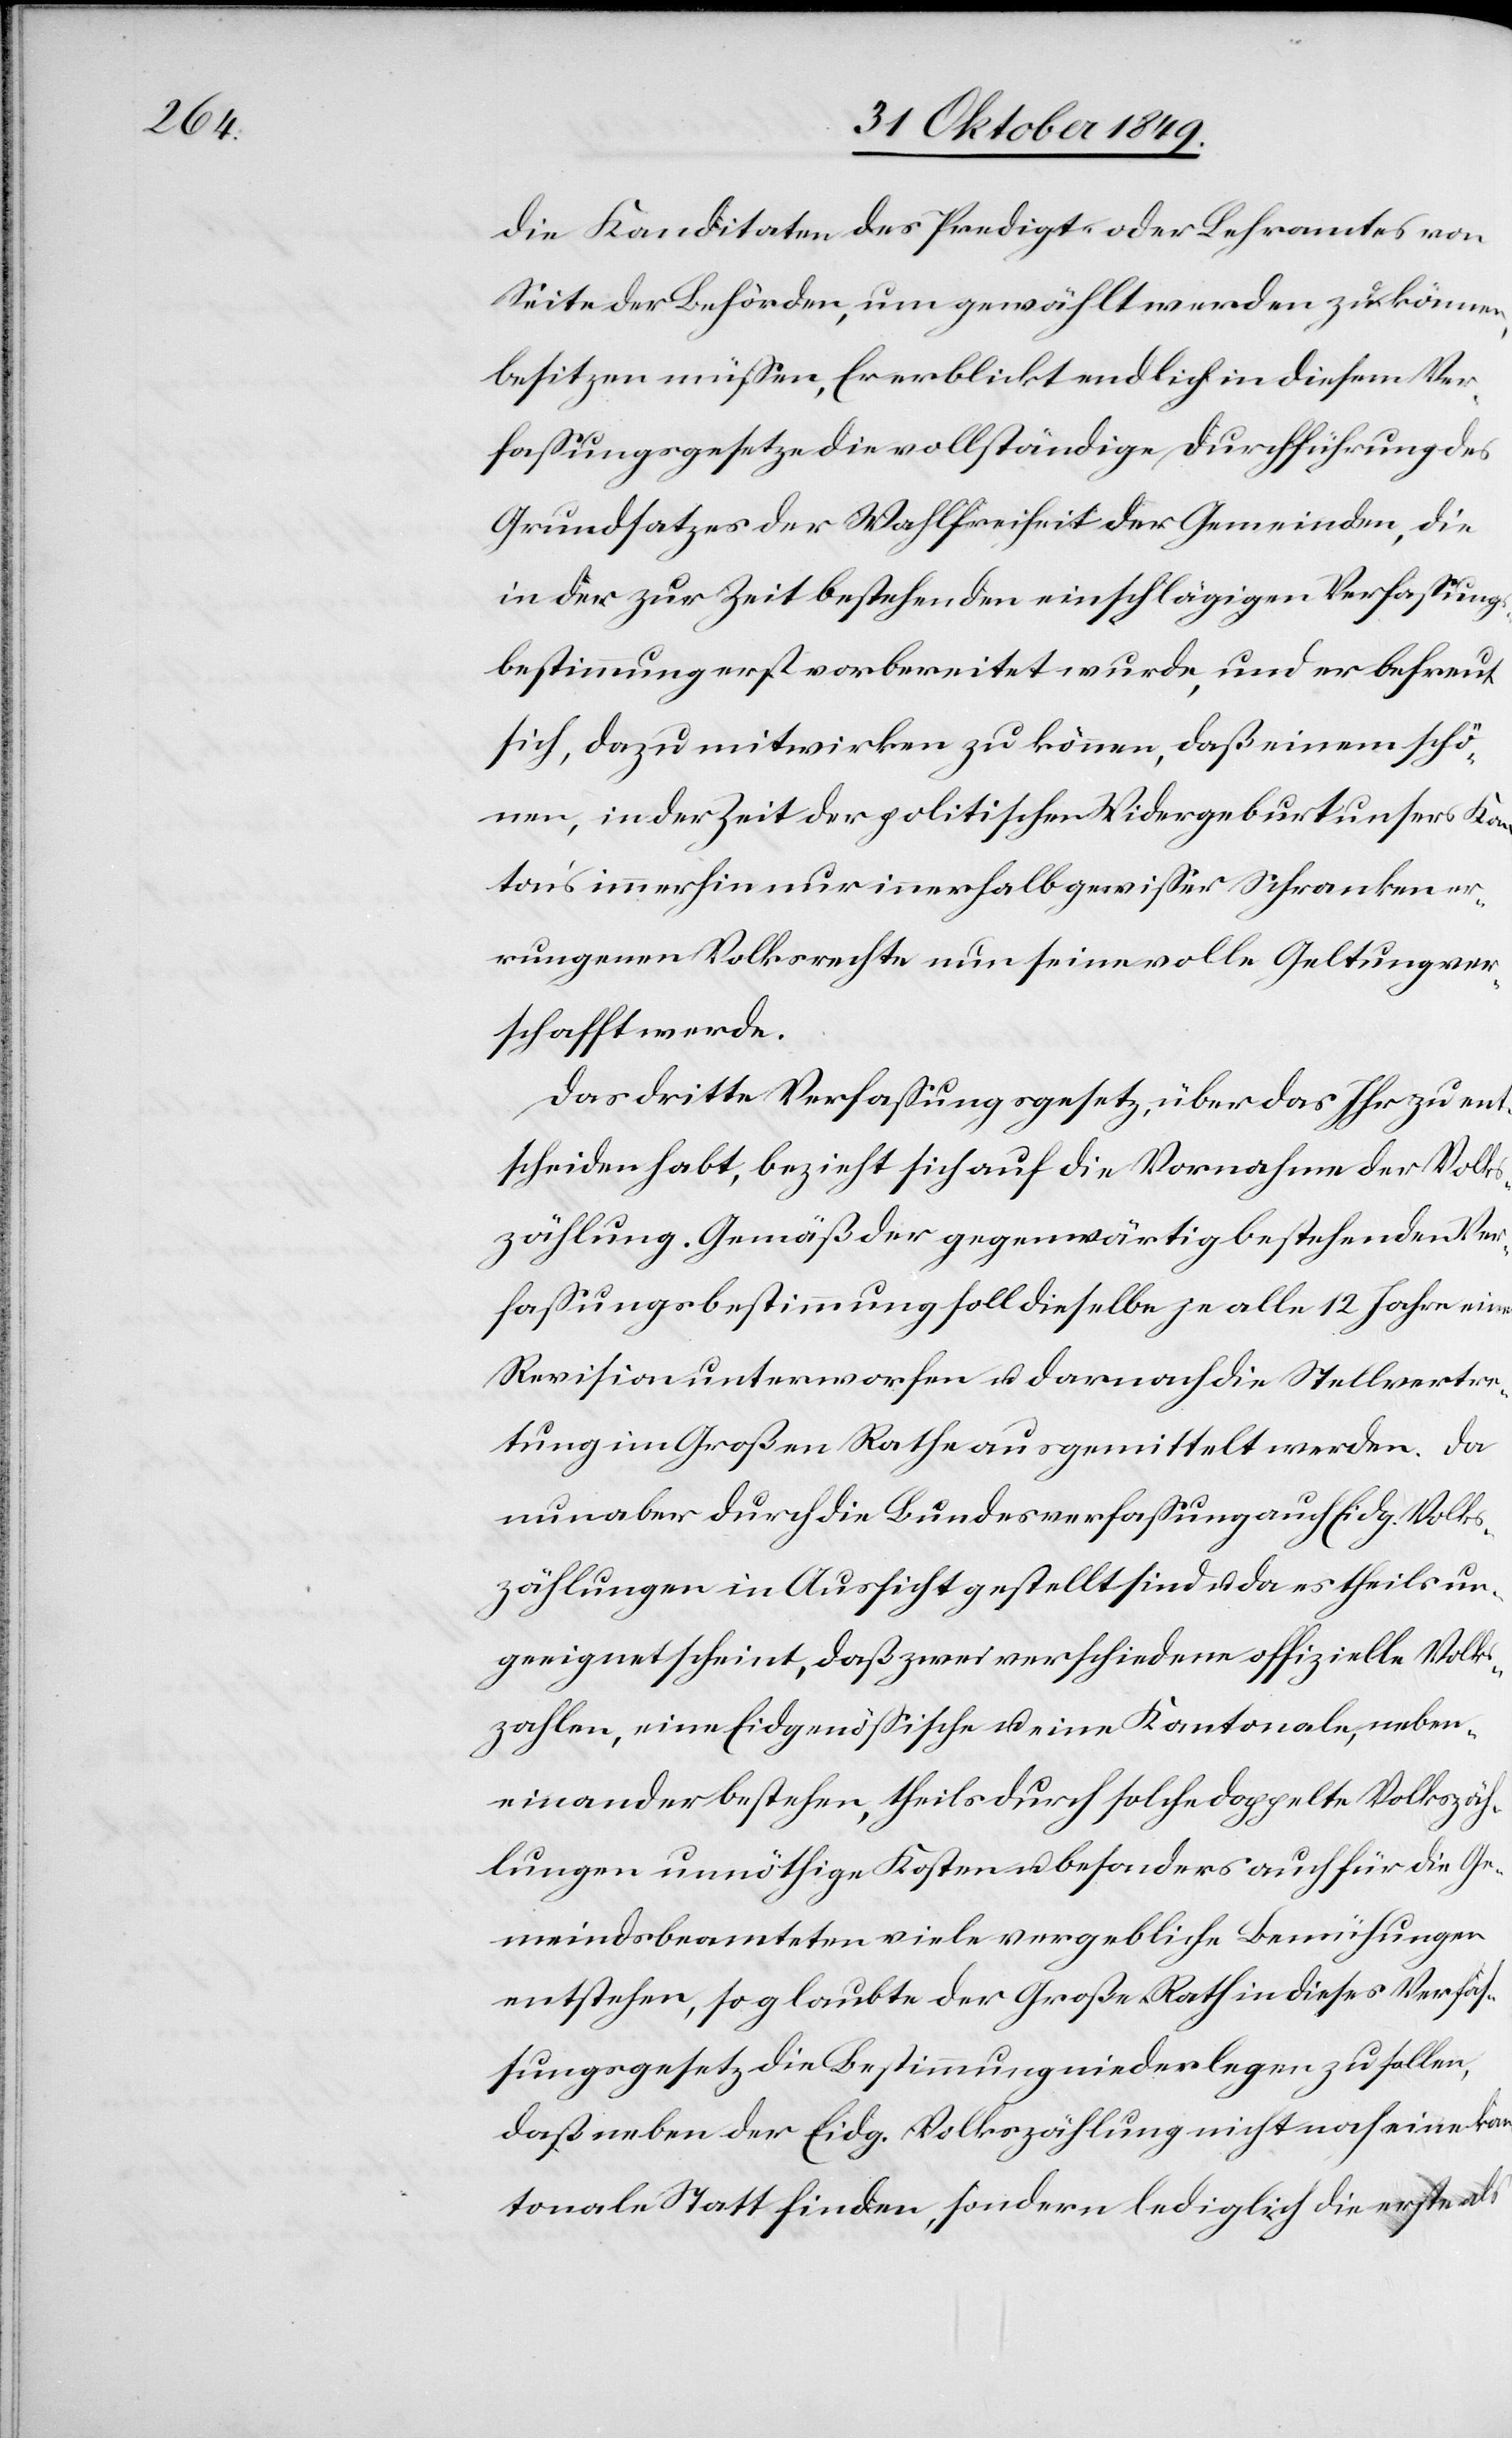
die Kandidaten des Predigt- oder Lehramtes von
Seite der Behörden, um gewählt werden zu können,
besitzen müßen, Er erblickt endlich in diesem Ver¬
faßungsgesetze die vollständige Durchführung des
Grundsatzes der Wahlfreiheit der Gemeinden, die
in der zur Zeit bestehenden einschlägigen Verfaßungs¬
bestimmung erst vorbereitet wurde, und er befreut
sich, dazu mitzwirken zu können, daß einem schö¬
nen, in der Zeit der politischen Widergeburt [sic!] unsers Kan¬
ton’s immerhin nur innerhalb gewißer Schranken er¬
rungenen Volksrechte nun seine volle Geltung ver¬
schafft werde.
Das dritte Verfaßungsgesetz, über das Ihr zu ent¬
scheiden habt, bezieht sich auf die Vornahme der Volks¬
zählung. Gemäß der gegenwärtig bestehenden Ver¬
faßungsbestimmung soll dieselbe je alle 12 Jahre eine
Revision unterworfen u. darnach die Stellvertre¬
tung im Großen Rathe ausgemittelt werden. Da
nun aber durch die Bundesverfaßung auch Eidg. Volks¬
zählungen in Aussicht gestellt sind u. da es theils un¬
geeignet scheint, daß zwei verschiedene offizielle Volks¬
zahlen, eine Eidgenößische u. eine Kantonale, neben
einander bestehen, theils durch solche doppelte Volkszäh¬
lungen unnöthige Kosten besonders auch für die Ge¬
meindsbeamteten viele vergebliche Bemühungen
entstehen, so glaubte der Große Rath in dieses Verfaß¬
ungsgesetz die Bestimmung niederlegen zu sollen,
daß neben der Eidg. Volkszählung nicht noch eine kan¬
tonale Statt finden, sondern lediglich die erste als